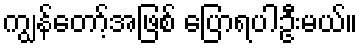
ကျွန်တော့်အဖြစ် ပြောရပါဦးမယ်။